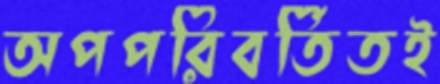
অপপরিবর্তিতই